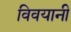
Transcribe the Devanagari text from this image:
विवयानी